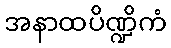
အနာထပိဏ္ဍိကံ